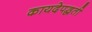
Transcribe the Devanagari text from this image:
कायदेपद्धती